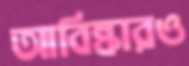
আবিষ্কারও